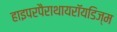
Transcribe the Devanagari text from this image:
हाइपरपैराथायरॉयडिज्म